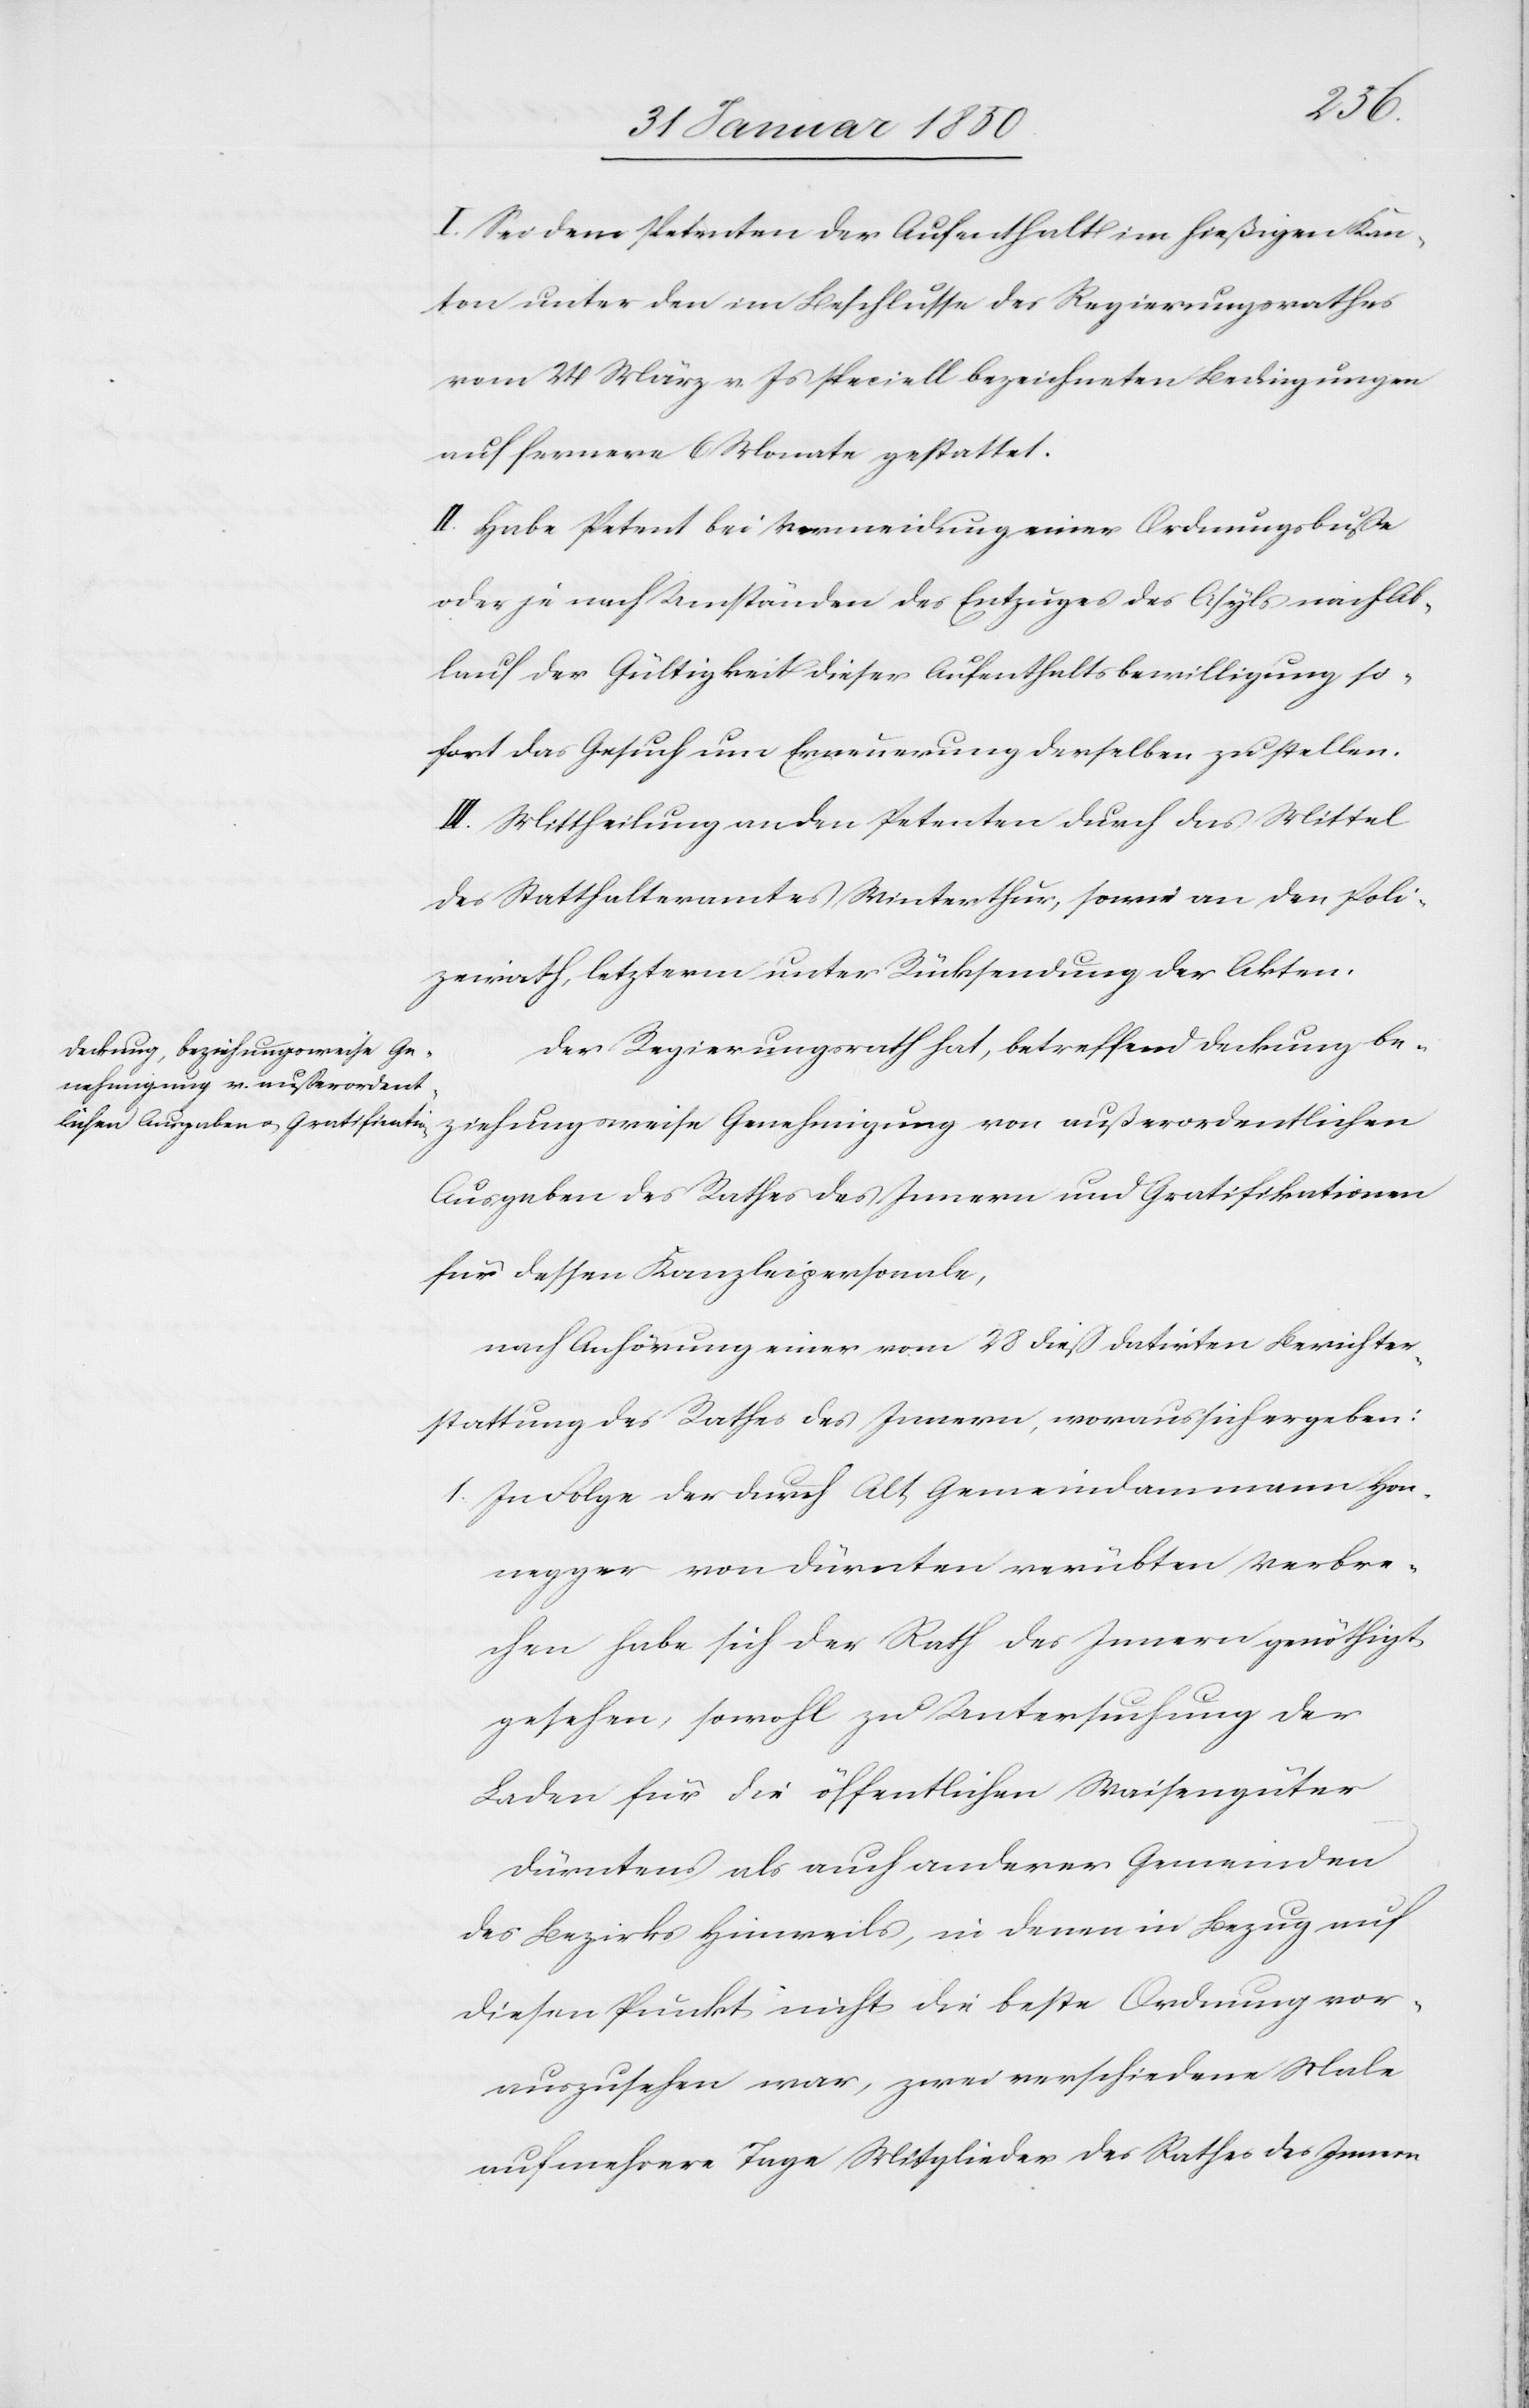
I. Sei dem Petenten der Aufenthalt im hießigen Kan¬
ton unter den im Beschlusse des Regierungsrathes
vom 24 März v. Js speciell bezeichneten Bedingungen
auf fernere 6 Monate gestattet.
II. Habe Petent bei Vermeidung einer Ordnungsbuße
oder je nach Umständen des Entzuges des Asyls nach Ab¬
lauf der Gültigkeit dieser Aufenthaltsbewilligung so¬
fort das Gesuch um Erneuerung derselben zu stellen.
III. Mittheilung an den Petenten durch das Mittel
des Statthalteramtes Winterthur, sowie an den Poli¬
zeirath, letzterm unter Rücksendung der Akten.
Der Regierungsrath hat, betreffend Deckung be¬
ziehungsweise Genehmigung von außerordentlichen
Ausgaben des Rathes des Innern und Gratifikationen
für dessen Kanzleipersonale,
nach Anhörung einer vom 28 dieß datirten Berichter¬
stattung des Rathes des Innern, woraus sich ergeben:
1. In Folge der durch Alt Gemeindammann Hon¬
egger von Dürnten verübten Verbre¬
chen habe sich der Rath des Innern genöthigt
gesehen, sowohl zu Untersuchung der
Laden für die öffentlichen Waisengüter
Dürntens als auch anderer Gemeinden
des Bezirks Hinweil, in denen in Bezug auf
diesen Punkt nicht die beste Ordnung vor¬
auszusehen war, zwei verschiedene Male
auf mehrere Tage Mitglieder des Rathes des Innern